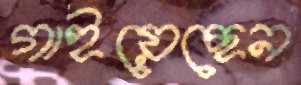
গাইয়েছেন